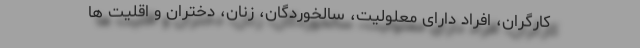
کارگران، افراد دارای معلولیت، سالخوردگان، زنان، دختران و اقلیت ها